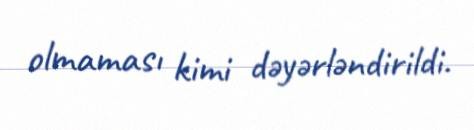
olmaması kimi dəyərləndirildi.